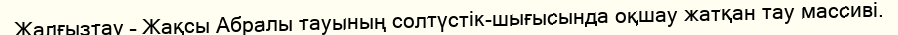
Жалғызтау – Жақсы Абралы тауының солтүстік-шығысында оқшау жатқан тау массиві.